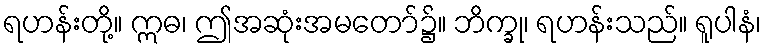
ရဟန်းတို့။ ဣဓ၊ ဤအဆုံးအမတော်၌။ ဘိက္ခု၊ ရဟန်းသည်။ ရူပါနံ၊